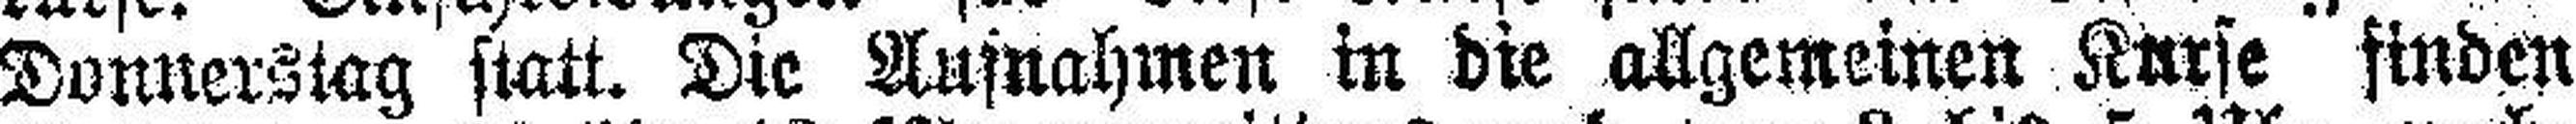
Donnerstag statt. Die Aufnahmen in die allgemeinen Kurse finden